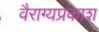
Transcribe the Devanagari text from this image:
वैराग्यप्रकाश